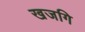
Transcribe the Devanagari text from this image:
खजगि